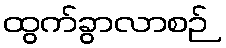
ထွက်ခွာလာစဉ်